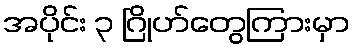
အပိုင်း ၃ ဂြိုဟ်တွေကြားမှာ